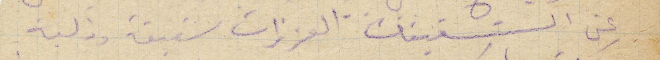
عن الشقيقات العزيزات شفيقة وذكية